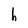
Character: h